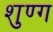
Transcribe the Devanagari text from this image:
शुण्ग